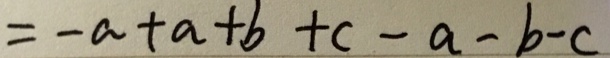
= - a + a + b + c - a - b - c